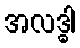
အလဒ္ဓါ